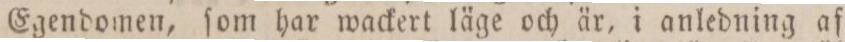
Egendomen, ſom har wackert läge och är, i anledning af